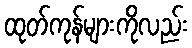
ထုတ်ကုန်များကိုလည်း